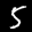
Label: 5